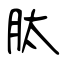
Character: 肽